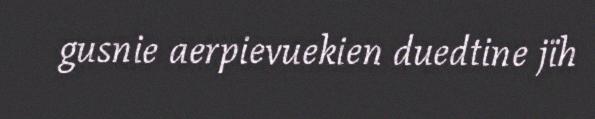
gusnie aerpievuekien duedtine jïh